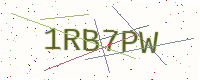
Text: 1RB7PW